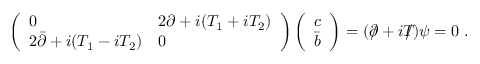
\left( \begin{array} { l l } { { 0 } } & { { 2 \partial + i ( T _ { 1 } + i T _ { 2 } ) } } \\ { { 2 \bar { \partial } + i ( T _ { 1 } - i T _ { 2 } ) } } & { { 0 } } \end{array} \right) \left( \begin{array} { l } { { c } } \\ { { \bar { b } } } \end{array} \right) = ( \partial \! \! \! / + i T \! \! \! \! / ) \psi = 0 \ .